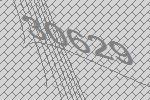
30629